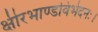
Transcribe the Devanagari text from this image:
क्षीरभाण्डविभेदनः।